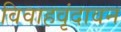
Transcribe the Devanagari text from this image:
विवाहवृंदावन